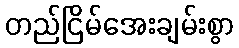
တည်ငြိမ်အေးချမ်းစွာ